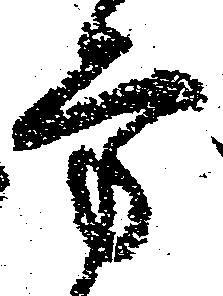
方